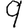
Digit: 9